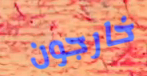
خارجون